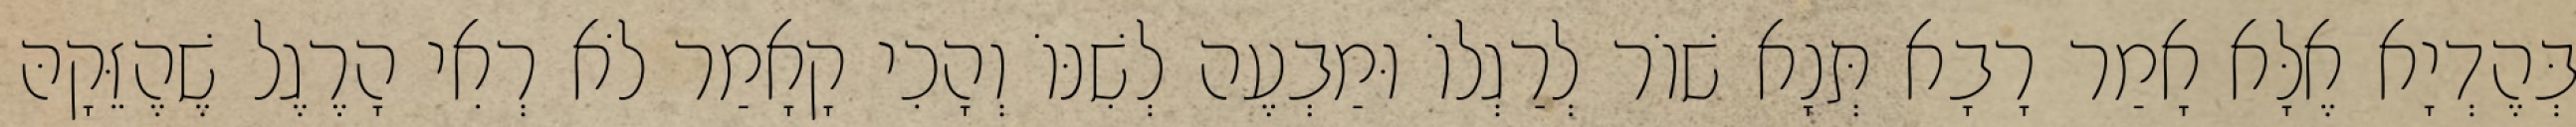
בְּהֶדְיָא אֶלָּא אָמַר רָבָא תְּנָא שׁוֹר לְרַגְלוֹ וּמַבְעֶה לְשִׁנּוֹ וְהָכִי קָאָמַר לֹא רְאִי הָרֶגֶל שֶׁהֶזֵּקָהּ